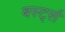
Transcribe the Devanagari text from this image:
बर्स्ट्स